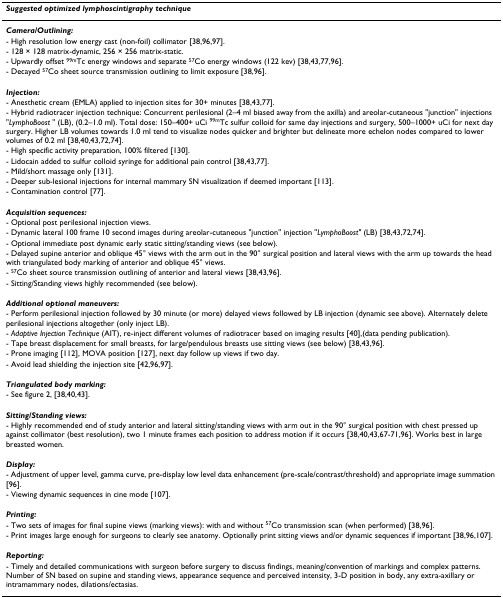
<table><thead><tr><td><b><i>Suggested optimized lymphoscintigraphy technique </i></b></td></tr></thead><tbody><tr><td><b><i>Camera/Outlining: </i></b></td></tr><tr><td>- High resolution low energy cast (non-foil) collimator [38,96,97].</td></tr><tr><td>- 128 × 128 matrix-dynamic, 256 × 256 matrix-static.</td></tr><tr><td>- Upwardly offset <sup>99m</sup>Tc energy windows and separate <sup>57</sup>Co energy windows (122 kev) [38,43,77,96].</td></tr><tr><td>- Decayed <sup>57</sup>Co sheet source transmission outlining to limit exposure [38,96].</td></tr><tr><td><b><i>Injection: </i></b></td></tr><tr><td>- Anesthetic cream (EMLA) applied to injection sites for 30+ minutes [38,43,77].</td></tr><tr><td>- Hybrid radiotracer injection technique: Concurrent perilesional (2–4 ml biased away from the axilla) and areolar-cutaneous &quot;junction&quot; injections &quot;<i>LymphoBoost </i>&quot; (LB), (0.2–1.0 ml). Total dose: 150–400+ uCi <sup>99m</sup>Tc sulfur colloid for same day injections and surgery, 500–1000+ uCi for next day surgery. Higher LB volumes towards 1.0 ml tend to visualize nodes quicker and brighter but delineate more echelon nodes compared to lower volumes of 0.2 ml [38,40,43,72,74].</td></tr><tr><td>- High specific activity preparation, 100% filtered [130].</td></tr><tr><td>- Lidocain added to sulfur colloid syringe for additional pain control [38,43,77].</td></tr><tr><td>- Mild/short massage only [131].</td></tr><tr><td>- Deeper sub-lesional injections for internal mammary SN visualization if deemed important [113].</td></tr><tr><td>- Contamination control [77].</td></tr><tr><td><b><i>Acquisition sequences: </i></b></td></tr><tr><td>- Optional post perilesional injection views.</td></tr><tr><td>- Dynamic lateral 100 frame 10 second images during areolar-cutaneous &quot;junction&quot; injection &quot;<i>LymphoBoost&quot; </i>(LB) [38,43,72,74].</td></tr><tr><td>- Optional immediate post dynamic early static sitting/standing views (see below).</td></tr><tr><td>- Delayed supine anterior and oblique 45° views with the arm out in the 90° surgical position and lateral views with the arm up towards the head with triangulated body marking of anterior and oblique 45° views.</td></tr><tr><td>- <sup>57</sup>Co sheet source transmission outlining of anterior and lateral views [38,43,96].</td></tr><tr><td>- Sitting/Standing views highly recommended (see below).</td></tr><tr><td><b><i>Additional optional maneuvers: </i></b></td></tr><tr><td>- Perform perilesional injection followed by 30 minute (or more) delayed views followed by LB injection (dynamic see above). Alternately delete perilesional injections altogether (only inject LB).</td></tr><tr><td>- <i>Adaptive Injection Technique </i>(AIT), re-inject different volumes of radiotracer based on imaging results [40],(data pending publication).</td></tr><tr><td>- Tape breast displacement for small breasts, for large/pendulous breasts use sitting views (see below) [38,43,96].</td></tr><tr><td>- Prone imaging [112], MOVA position [127], next day follow up views if two day.</td></tr><tr><td>- Avoid lead shielding the injection site [42,96,97].</td></tr><tr><td><b><i>Triangulated body marking: </i></b></td></tr><tr><td>- See figure 2, [38,40,43].</td></tr><tr><td><b><i>Sitting/Standing views: </i></b></td></tr><tr><td>- Highly recommended end of study anterior and lateral sitting/standing views with arm out in the 90° surgical position with chest pressed up against collimator (best resolution), two 1 minute frames each position to address motion if it occurs [38,40,43,67-71,96]. Works best in large breasted women.</td></tr><tr><td><b><i>Display: </i></b></td></tr><tr><td>- Adjustment of upper level, gamma curve, pre-display low level data enhancement (pre-scale/contrast/threshold) and appropriate image summation [96].</td></tr><tr><td>- Viewing dynamic sequences in cine mode [107].</td></tr><tr><td><b><i>Printing: </i></b></td></tr><tr><td>- Two sets of images for final supine views (marking views): with and without <sup>57</sup>Co transmission scan (when performed) [38,96].</td></tr><tr><td>- Print images large enough for surgeons to clearly see anatomy. Optionally print sitting views and/or dynamic sequences if important [38,96,107].</td></tr><tr><td><b><i>Reporting: </i></b></td></tr><tr><td>- Timely and detailed communications with surgeon before surgery to discuss findings, meaning/convention of markings and complex patterns. Number of SN based on supine and standing views, appearance sequence and perceived intensity, 3-D position in body, any extra-axillary or intramammary nodes, dilations/ectasias.</td></tr></tbody></table>